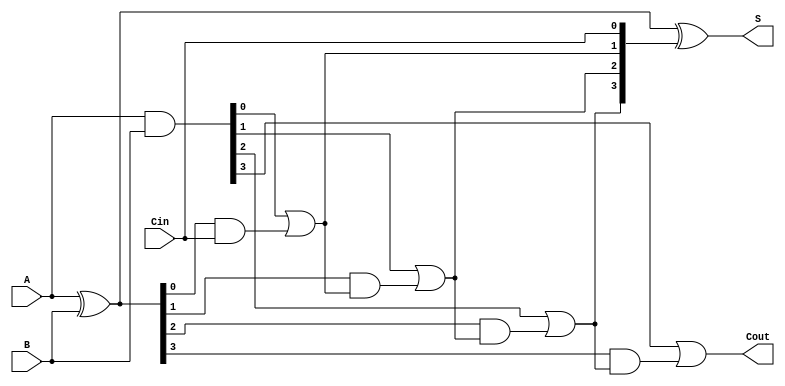
module RCLA (
    input  wire [3:0] A,     // 4-bit input A
    input  wire [3:0] B,     // 4-bit input B
    input  wire Cin,         // Carry-in input
    output wire [3:0] S,     // 4-bit sum output
    output wire Cout         // Carry-out output
);

    // Internal wires for propagate and generate signals
    wire [3:0] P;            // Propagate signals
    wire [3:0] G;            // Generate signals
    wire [4:0] C;            // Carry signals (C[0] to C[4])

    // Generate propagate and generate signals
    assign P = A ^ B;        // P[i] = A[i] XOR B[i]
    assign G = A & B;        // G[i] = A[i] AND B[i]

    // Carry lookahead logic
    assign C[0] = Cin;       // C[0] is the carry-in
    assign C[1] = G[0] | (P[0] & C[0]);
    assign C[2] = G[1] | (P[1] & C[1]);
    assign C[3] = G[2] | (P[2] & C[2]);
    assign C[4] = G[3] | (P[3] & C[3]);

    // Calculate the sum output
    assign S = P ^ C[3:0];   // S[i] = P[i] XOR C[i]

    // Final carry-out
    assign Cout = C[4];      // Cout = C[n]

endmodule